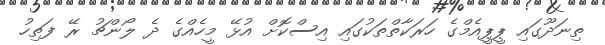
ތިނަދޫގައި ޕީޕީއެމްގެ ހަރަކާތްތަކުގައި އިސްކޮށް އުޅޭ މީހެއްގެ ދެ ލޯންޗު ރޭ ފަތިހު